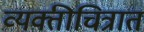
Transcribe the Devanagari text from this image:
व्यक्तीचित्रात